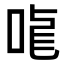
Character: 𠳧